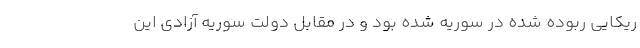
ریکایی ربوده شده در سوریه شده بود و در مقابل دولت سوریه آزادی این